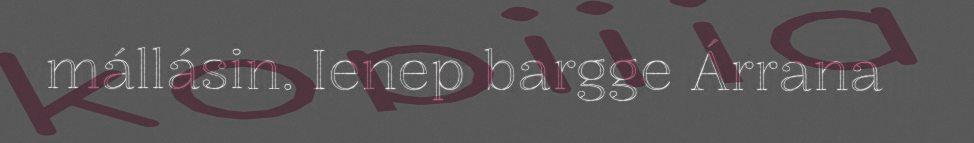
mállásin. Ienep bargge Árrana